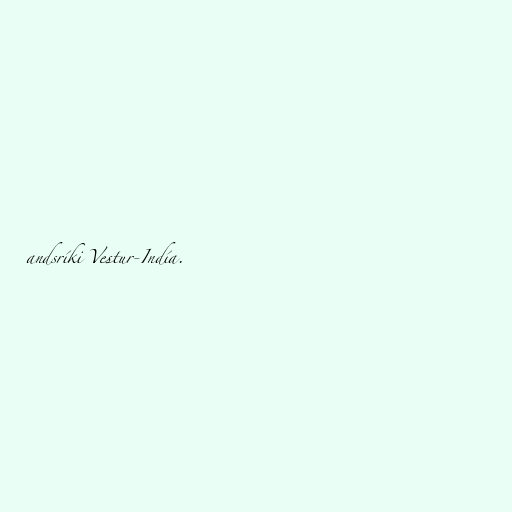
andsríki Vestur-Indía.